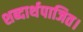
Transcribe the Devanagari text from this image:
शब्दार्थपाजित।